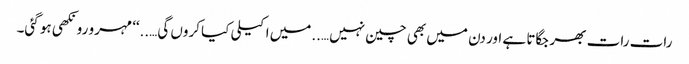
رات رات بھر جگاتا ہے اور دن میں بھی چین نہیں…..میں اکیلی کیا کروں گی…..‘‘ مہرو رونکھی ہو گئی۔